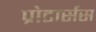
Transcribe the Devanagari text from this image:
प्रोटार्सस